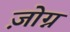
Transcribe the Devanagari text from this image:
ज़ोग्न